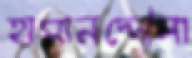
হাসানদ্দৌলা